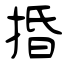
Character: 捪